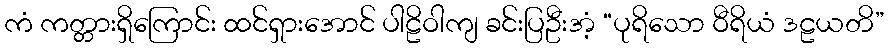
ကံ ကတ္တားရှိကြောင်း ထင်ရှားအောင် ပါဠိဝါကျ ခင်းပြဦးအံ့ “ပုရိသော ဝီရိယံ ဒဠယတိ”